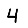
Digit: 4